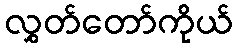
လွှတ်တော်ကိုယ်